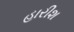
હારીશ